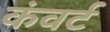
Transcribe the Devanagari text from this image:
कंवर्ट